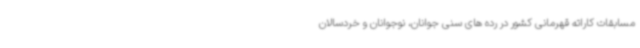
مسابقات کاراته قهرمانی کشور در رده های سنی جوانان، نوجوانان و خردسالان